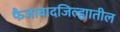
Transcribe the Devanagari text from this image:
फैजाबादजिल्ह्यातील